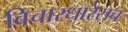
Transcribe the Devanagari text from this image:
विचारधारेसच